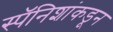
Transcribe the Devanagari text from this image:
स्पॅनिशांकडून